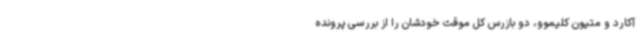
آکارد و متیون کلیموو، دو بازرس کل موقت خودشان را از بررسی پرونده